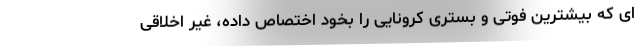
ای که بیشترین فوتی و بستری کرونایی را بخود اختصاص داده، غیر اخلاقی